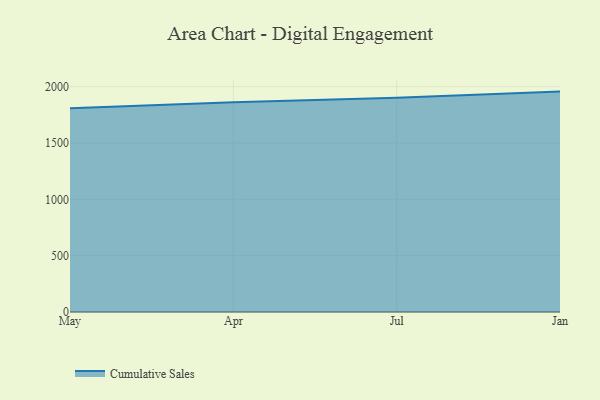
{"axis": {"x": "Month", "y": "Net Income (USD K)"}, "legend": ["Cumulative Sales"], "data": [{"x": "May", "y": 1809.1, "type": "Cumulative Sales"}, {"x": "Apr", "y": 1862.3, "type": "Cumulative Sales"}, {"x": "Jul", "y": 1900.6, "type": "Cumulative Sales"}, {"x": "Jan", "y": 1956.1, "type": "Cumulative Sales"}]}